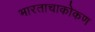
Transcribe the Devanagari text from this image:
भारताचाकोकण